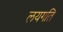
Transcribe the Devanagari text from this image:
लयगति